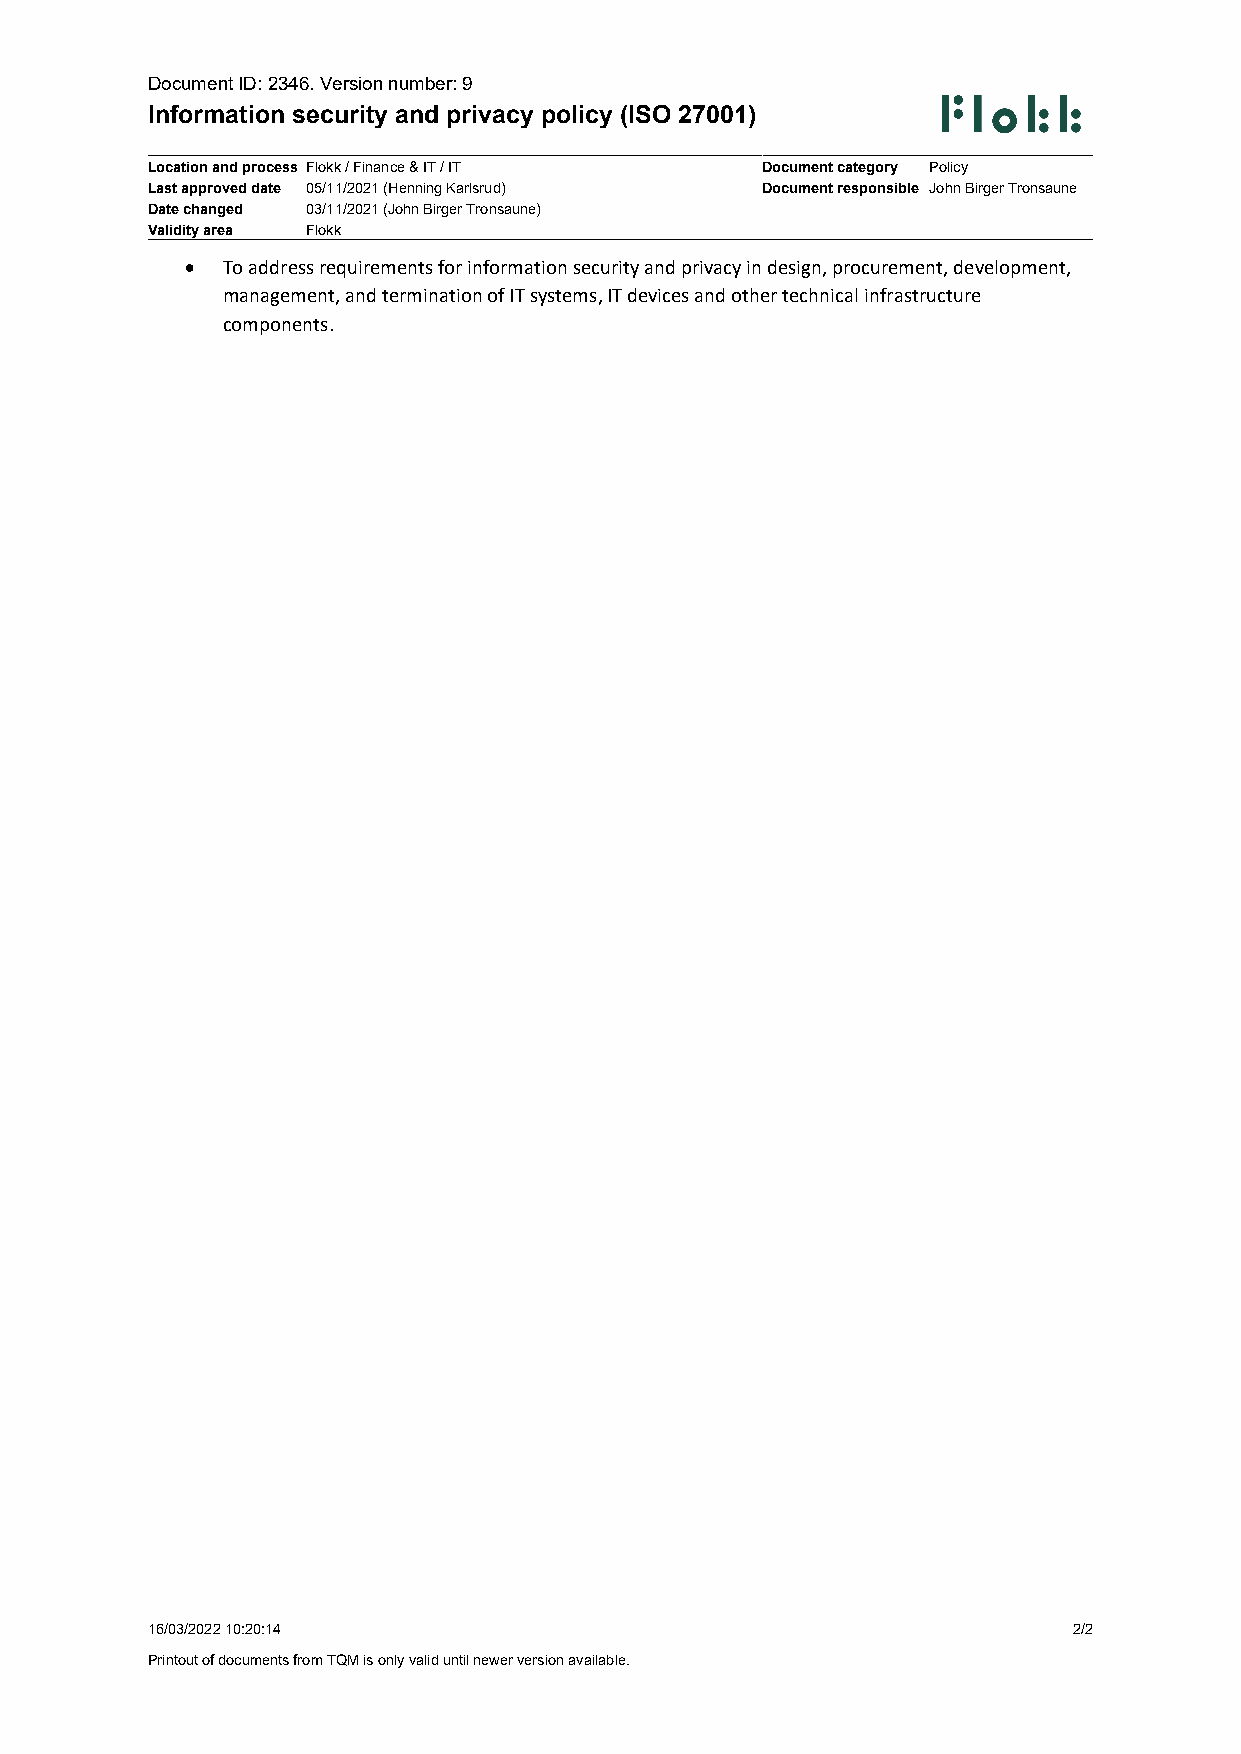
Document ID: 2346. Version number: 9
 Information security and privacy policy (ISO 27001)
 Location and process Flokk / Finance & IT / IT Document category Policy
 Last approved date 05/11/2021 (Henning Karlsrud) Document responsible John Birger Tronsaune
 Date changed 03/11/2021 (John Birger Tronsaune)
 Validity area Flokk
   To address requirements for information security and privacy in design, procurement, development,
 management, and termination of IT systems, IT devices and other technical infrastructure
 components.
 16/03/2022 10:20:14                                          2/2
 Printout of documents from TQM is only valid until newer version available.